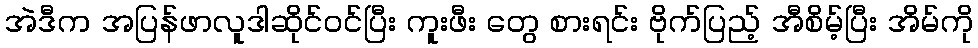
အဲဒီက အပြန်ဖာလူဒါဆိုင်ဝင်ပြီး ကူးဖီး တွေ စားရင်း ဗိုက်ပြည့် အီစိမ့်ပြီး အိမ်ကို